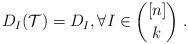
LaTeX: \begin{align*} D_I (\mathcal{T}) = D_I, \forall I \in {[n] \choose k}\; .\end{align*}